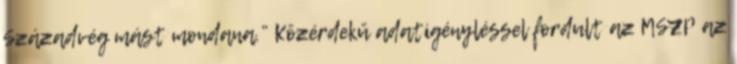
Századvég mást mondana.” Közérdekű adatigényléssel fordult az MSZP az